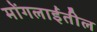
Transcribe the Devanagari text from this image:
मोंगलाईंतील